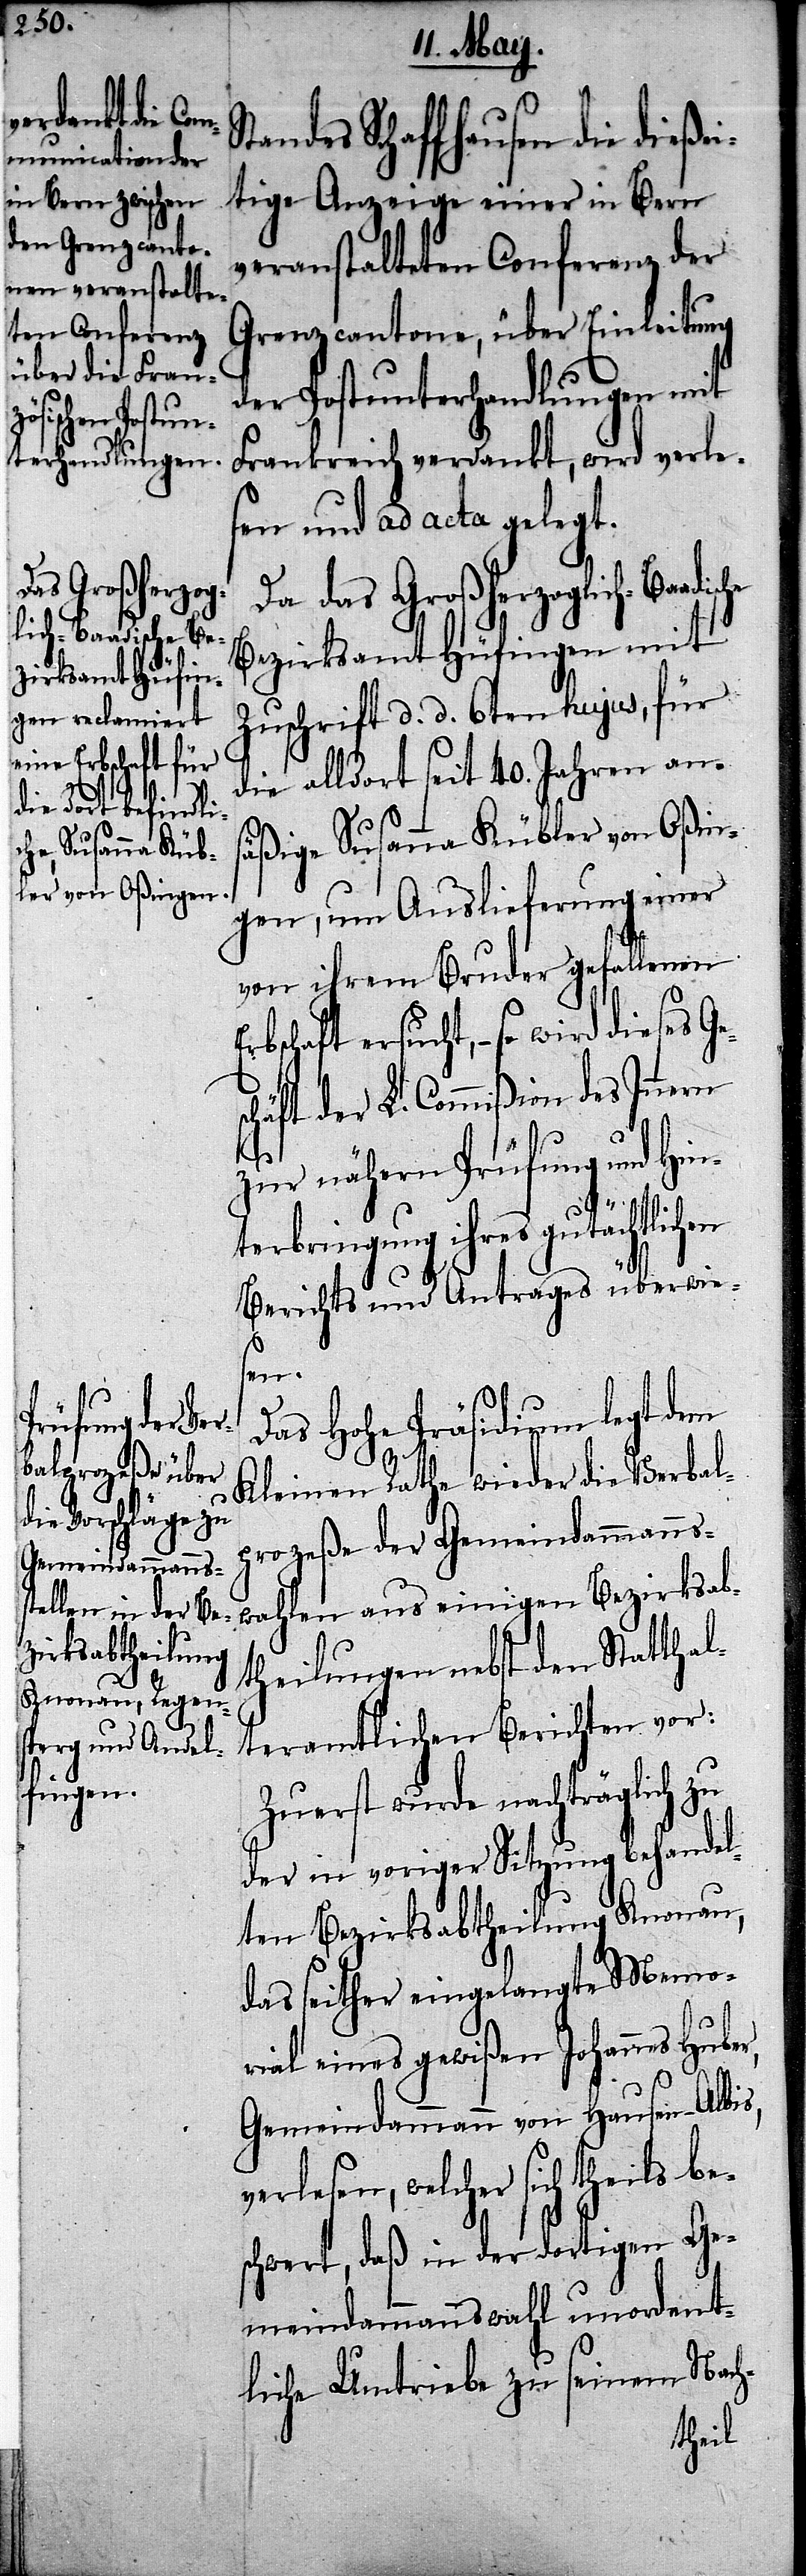
ersucht, – so
das Großherzog¬
lich-Baadische Be¬

tandes Schaffhausen die dieße¬
itige Anzeige einer in Bern
veranstalteten Conferenz der
Grenzcantone, über Einleitung
der Postunterhandlungen mit
Frankreich verdankt, wird verle¬
sen und ad acta gelegt.
zirksamt Hüfingen mit
Zuschrift d. d. 6ten hujus, für
die alldort seit 40. Jahren an¬
säßige Susanne Kübler von Oßin¬
gen, um Auslieferung einer
von ihrem Bruder gefallenen
häft der L. Commißion des Innern
zur nähern Prüfung und Hin¬
terbringung ihres gutächtli¬
Berichts und Antrages überwie¬
er,
Das Hohe Präsidium legt dem
Kleinen Rathe wieder die Verbal¬
prozeße der Gemeindammanns¬
wahlen aus einigen Bezirksab¬
theilungen nebst den Statthal¬
teramtlichen Berichten vor:
Zuerst wurde nachträglich zu
der in voriger Sitzung behandel¬
ten Bezirksabtheilung Knonau,
das seither eingelangte Memor¬
ial eines gewißen Johannes Hub¬
Gemeindammann von Hausen-Albis,
verlesen, welcher sich theils be¬
schwert, daß in der dortigen Ge¬
meindammannswahl unordent¬
liche Umtriebe zu seinem Nach-
chen